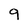
Character: 9